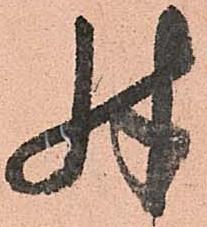
殊